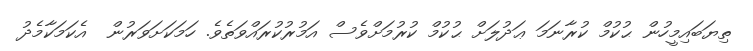
ތިޔަބައިމީހުން ޙުކުމް ކުރާނަމަ ޢަދުލަށް ޙުކުމް ކުރުމަށްވެސް އަމުރުކުރައްވަތެވެ. ހަމަކަށަވަރުން  އެކަމަކާމެދު